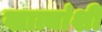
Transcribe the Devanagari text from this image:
खात्यांशी